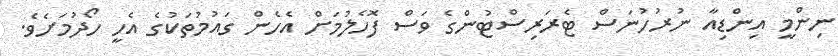
ނިންމީ އިންޑިއާ ނުރުހުނަސް ޓެރަރިސްޓުންގެ ވަސް ފޮހެލުމަށް އެހެން ގައުމުތަކުގެ އެހީ ހޯދުމަށެވެ.